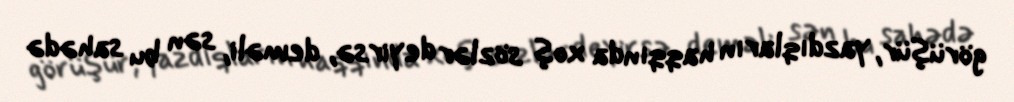
görüşür, yazdıqların haqqında xoş sözlər deyirsə, deməli, sən bu sahədə